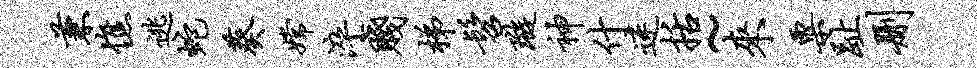
兼憔逃蛇葵嫦淬贱梯髫璇神什迷括~来粟趾删